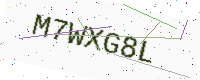
Text: M7WXG8L